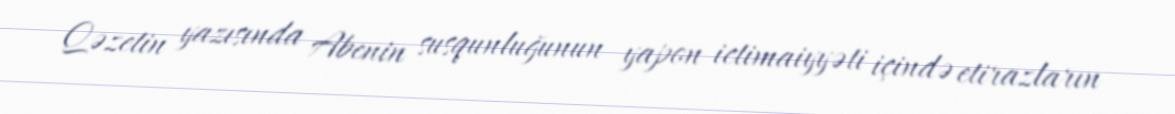
Qəzetin yazısında Abenin susqunluğunun yapon ictimaiyyəti içində etirazların